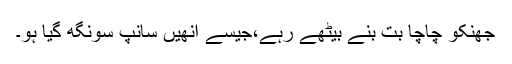
جھنکو چاچا بُت بنے بیٹھے رہے،جیسے انھیں سانپ سونگھ گیا ہو۔